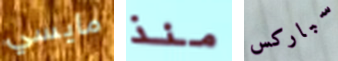
مايسي منذ سباركس